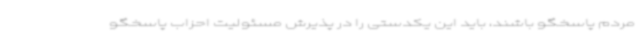
مردم پاسخگو باشند، باید این یکدستی را در پذیرش مسئولیت احزاب پاسخگو